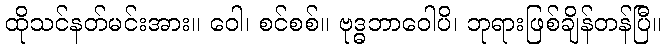
ထိုသင်နတ်မင်းအား။ ဝေါ၊ စင်စစ်။ ဗုဒ္ဓဘာဝေါပိ၊ ဘုရားဖြစ်ချိန်တန်ပြီ။